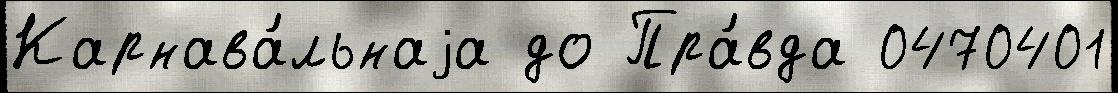
Карнава́льнаjа до Пра́вда 0470401